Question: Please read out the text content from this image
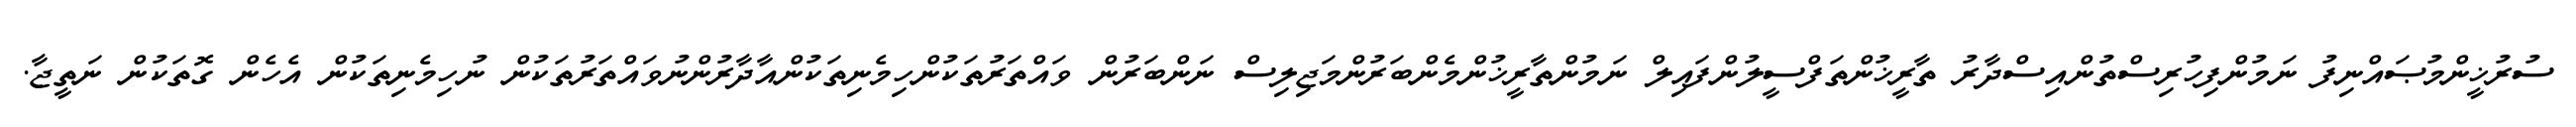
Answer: ސުރުޚީންމުޞައްނިފު ނަމުންފިހުރިސްތުންއިސްދާރު ތާރީޚުންތަފްސީލުންފައިލް ނަމުންތާރީޚުންމެންބަރުންމަޖިލިސް ނަންބަރުން ވައްތަރުތަކުންހިމެނިތަކުންއާދާރުންނުވައްތަރުތަކުން ނުހިމެނިތަކުން އެހެން ގޮތަކުން ނަތީޖާ.